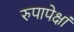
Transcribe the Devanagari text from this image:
रुपापेक्षां